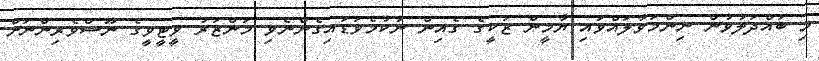
މި ބައްދަލުވުން ނިންމަވާލައްވައި ޔާމީން ޒަކީގެ ގެއިން ނުކުމެވަޑައިގެންނެވި މަންޒަރު ވީޓީވީގެ ނޫސްވެރިންނަށް